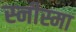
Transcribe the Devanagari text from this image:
स्नीस्मा